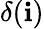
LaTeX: \delta(\mathbf{i})